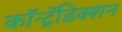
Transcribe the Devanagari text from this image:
कॉन्ट्रॅडिक्शन